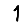
Digit: 1